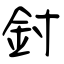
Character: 鉜